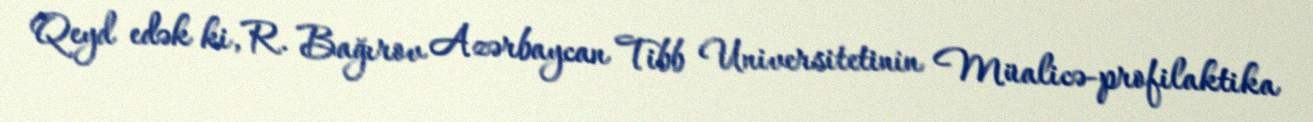
Qeyd edək ki, R. Bağırov Azərbaycan Tibb Universitetinin Müalicə-profilaktika